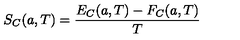
S _ { C } ( a , T ) = { \frac { E _ { C } ( a , T ) - F _ { C } ( a , T ) } { T } }